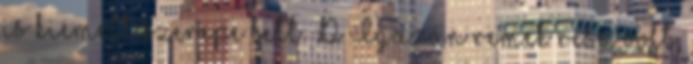
is kiemelt szerepe lett. :D Igazán remek rész volt,